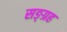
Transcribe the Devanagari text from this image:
सङ्ग्रह